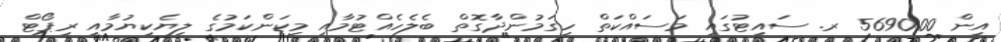
އިން 5690.00 ރ. ސައިޓުގައި މަސައްކަތް ހިގަމުންދާގޮތް ބެލެހެއްޓުމާއި މިކަންކަމުގެ ލިޔެކިޔުމާއި ރިޕޯޓް